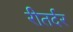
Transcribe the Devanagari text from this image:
रीतर्दर